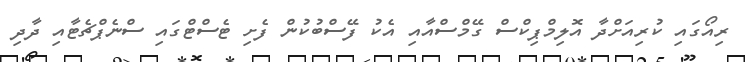
ރިއޯގައި ކުރިއަށްދާ އޮލިމްޕިކްސް ގޭމްސްއާއި އެކު ފޭސްބުކުން ފެށި ޓެސްޓްގައި ސްނެޕްޗެޓާއި ދާދި